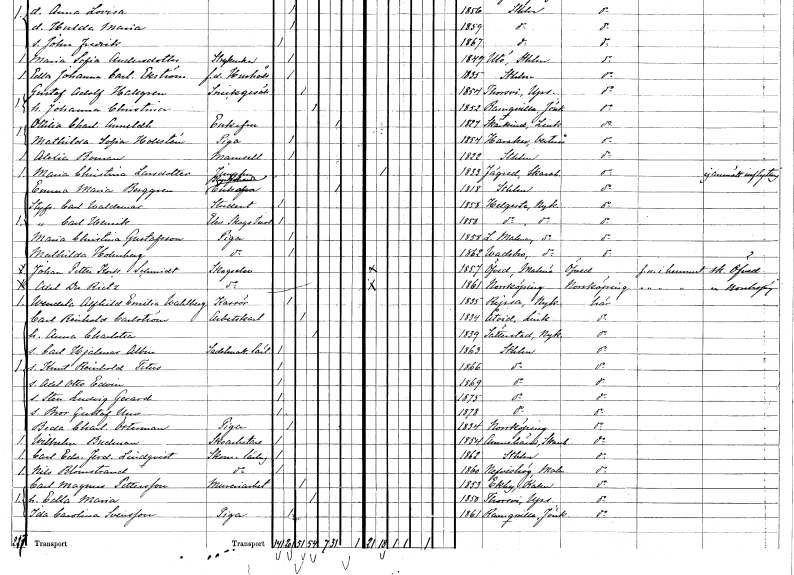
gt_parse: households: individuals: FN: Alexia
EN: Boman
KON: K
CIV: O
FODAR: 1822
FODFORS: Stockholm
FN: Maria Christina
EN: Larsdotter
YRKE: Jungfru
KON: K
CIV: O
FODAR: 1833
FODFORS: Fägre Skaraborgs län
FN: Emma Maria
EN: Berggren
YRKE: Kyrkoherdeänka
KON: K
CIV: E
FODAR: 1818
FODFORS: Stockholm
FN: Carl Waldemar
YRKE: Student
KON: M
CIV: O
FODAR: 1858
FODFORS: Helgesta Södermanlands län
FN: Carl Henrik
YRKE: Elev vid Skogsinstitut
KON: M
CIV: O
FODAR: 1858
FODFORS: Helgesta Södermanlands län
FN: Maria Christina
EN: Gustafsson
YRKE: Piga
KON: K
CIV: O
FODAR: 1858
FODFORS: Lilla Malma Södermanlands län
FN: Mathilda
EN: Holmberg
YRKE: Piga
KON: K
CIV: O
FODAR: 1862
FODFORS: Vadsbro Södermanlands län
FN: Johan Petter
EN: Kock Schmidt
YRKE: Skogselev
KON: M
CIV: O
FODAR: 1857
FODFORS: Öved Malmöhus län
FN: Axel
EN: du Rietz
YRKE: Skogselev
KON: M
CIV: O
FODAR: 1861
FODFORS: Norrköping Östergötlands län
FN: Wendela Alfhild Emilia
EN: Wahlberg
YRKE: Kassör
KON: K
CIV: O
FODAR: 1835
FODFORS: Ripsa Södermanlands län
FN: Carl Reinhold
EN: Carlström
YRKE: Arbetskarl
KON: M
CIV: G
FODAR: 1834
FODFORS: Åtvid Östergötlands län
FN: Anna Charlotta
KON: K
CIV: G
FODAR: 1839
FODFORS: Sättersta Södermanlands län
FN: Carl Hjalmar Albin
YRKE: Sadelmakarelärling
KON: M
CIV: O
FODAR: 1863
FODFORS: Stockholm
FN: Knut Reinhold Titus
KON: M
CIV: O
FODAR: 1866
FODFORS: Stockholm
FN: Axel Otto Edvin
KON: M
CIV: O
FODAR: 1869
FODFORS: Stockholm
FN: Sten Ludvig Gerard
KON: M
CIV: O
FODAR: 1875
FODFORS: Stockholm
FN: Bror Gustaf Uno
KON: M
CIV: O
FODAR: 1878
FODFORS: Stockholm
FN: Beda Charlotta
EN: Österman
YRKE: Piga
KON: K
CIV: O
FODAR: 1834
FODFORS: Norrköping Östergötlands län
FN: Wilhelm
EN: Budman
YRKE: Skoarbetare
KON: M
CIV: O
FODAR: 1854
FODFORS: Amnehärad Skaraborgs län
FN: Carl Edv. Ferdinand
EN: Lindqvist
YRKE: Skomakarelärling
KON: M
CIV: O
FODAR: 1862
FODFORS: Stockholm
FN: Nils
EN: Blomstrand
YRKE: Skomakarelärling
KON: M
CIV: O
FODAR: 1860
FODFORS: Nevishög Malmöhus län
FN: Carl Magnus
EN: Pettersson
YRKE: Mureriarbetare
KON: M
CIV: G
FODAR: 1853
FODFORS: Egby Kalmar län
FN: Edla Maria
KON: K
CIV: G
FODAR: 1850
FODFORS: Torsvi Uppsala län
FN: Ida Carolina
EN: Svensson
YRKE: Piga
KON: K
CIV: O
FODAR: 1861
FODFORS: Ramkvilla Jönköpings län